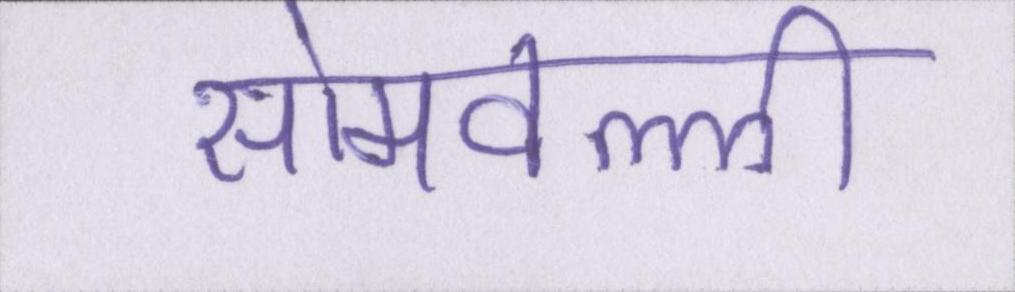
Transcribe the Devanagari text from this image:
सोमवल्ली